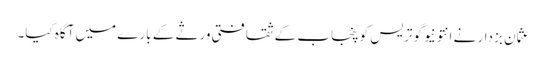
عثمان بزدار نے انتونیوگوتریس کو پنجاب کے ثقافتی ورثے کے بارے میں آگاہ کیا۔